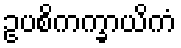
ဥပစိကက္ခာယိကံ